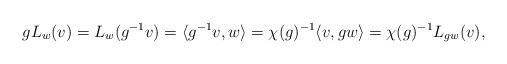
LaTeX: \begin{align*} g L_w ( v) = L_w (g^{-1} v) = \langle g^{-1} v ,w \rangle = \chi(g)^{-1} \langle v, gw \rangle = \chi(g)^{-1} L_{gw} (v), \end{align*}